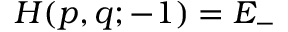
H ( p , q ; - 1 ) = E _ { - }